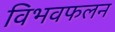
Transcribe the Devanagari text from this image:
विभवफलन